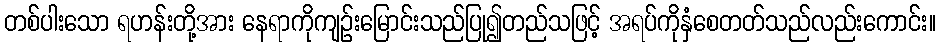
တစ်ပါးသော ရဟန်းတို့အား နေရာကိုကျဉ်းမြောင်းသည်ပြု၍တည်သဖြင့် အရပ်ကိုနှံစေတတ်သည်လည်းကောင်း။